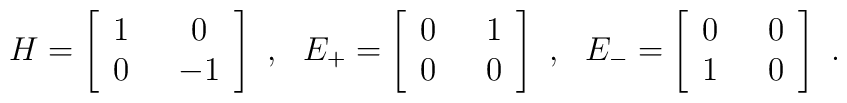
H =\left[\begin{array}{cc} 1 \ &\ 0 \\ 0 \ &\ -1 \end{array} \right] \ ,\ \ E_+ =\left[\begin{array}{cc} 0 \ &\ 1 \\ 0 \ &\ 0 \end{array} \right]\ , \ \ E_- =\left[\begin{array}{cc} 0 \ &\ 0 \\ 1 \ &\ 0 \end{array} \right]\ .